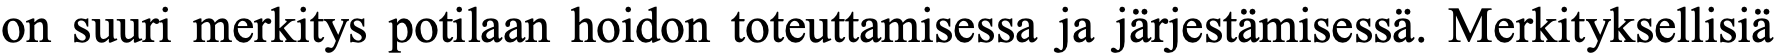
on suuri merkitys potilaan hoidon toteuttamisessa ja järjestämisessä. Merkityksellisiä